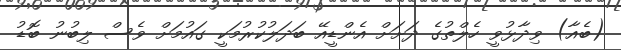
(ބެއާ) ވިދާޅުވީ ހެލްތުގެ ދަށަށް އެންޑީއޭ ބަދަލުކުރުމަކީ ގައުމަށް ވެސް ލިބުނު ބޮޑު